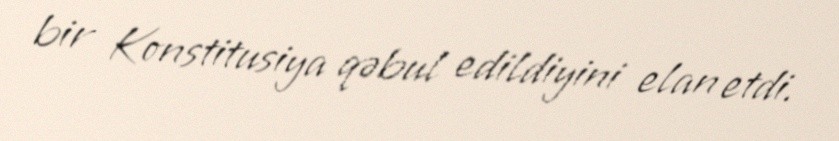
bir Konstitusiya qəbul edildiyini elan etdi.